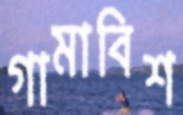
গামাবিশ